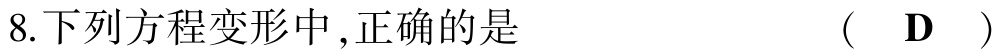
8.下列方程变形中,正确的是  （  D  ）